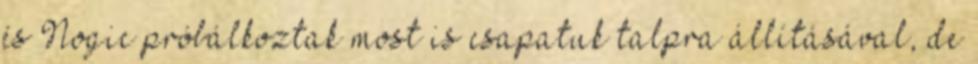
és Nogic próbálkoztak most is csapatuk talpra állításával, de